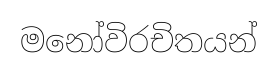
මනෝවිරචිතයන්